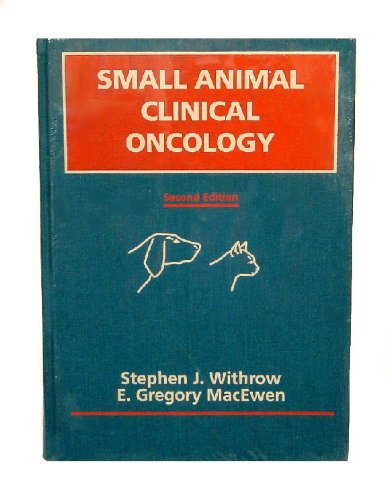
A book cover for Small Animal Clinical Oncology; Stephen J. Withrow; Medical Books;